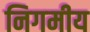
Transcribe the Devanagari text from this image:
निगमीय